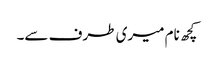
کچھ نام میری طرف سے۔